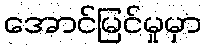
အောင်မြင်မှုမှာ